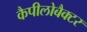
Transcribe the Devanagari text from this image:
कैपीलोबैक्टर